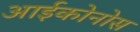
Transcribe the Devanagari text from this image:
आईकोनोस